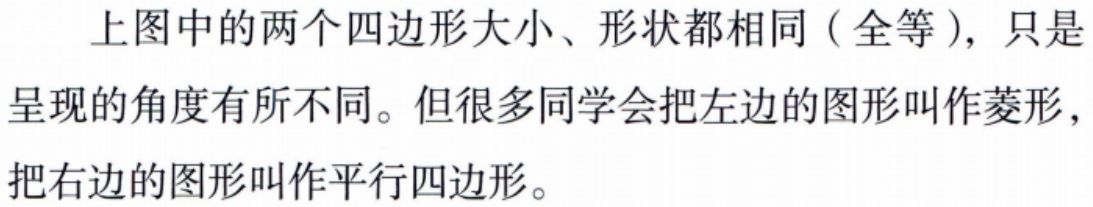
上图中的两个四边形大小、形状都相同（全等），只是呈现的角度有所不同。但很多同学会把左边的图形叫作菱形，把右边的图形叫作平行四边形。